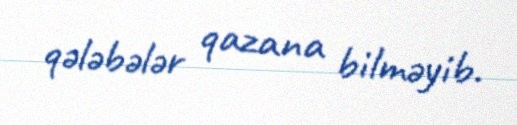
qələbələr qazana bilməyib.